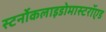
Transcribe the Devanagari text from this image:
स्टर्नोकलाइडोमास्टरॉएड